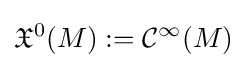
{\mathfrak {X}}^{0}(M):={\mathcal {C}}^{\infty }(M)